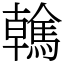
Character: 䮧